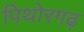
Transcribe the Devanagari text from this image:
पिथोरगढ़